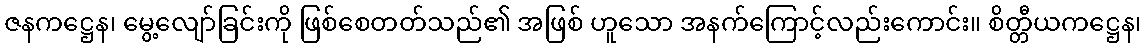
ဇနကဋ္ဌေန၊ မွေ့လျော်ခြင်းကို ဖြစ်စေတတ်သည်၏ အဖြစ် ဟူသော အနက်ကြောင့်လည်းကောင်း။ စိတ္တီယကဋ္ဌေန၊